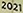
2021